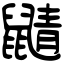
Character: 鼱